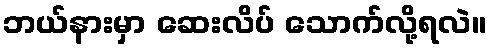
ဘယ်နားမှာ ဆေးလိပ် သောက်လို့ရလဲ။